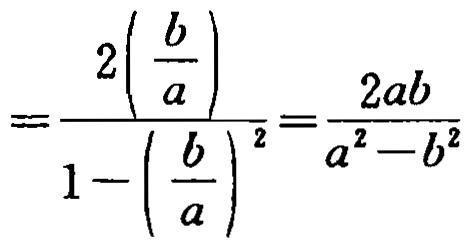
\[=\frac{2\left(\frac{b}{a}\right)}{1 - \left(\frac{b}{a}\right)^2}=\frac{2ab}{a^{2}-b^{2}}\]